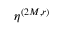
\eta ^ { ( 2 M , r ) }